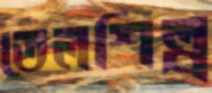
তেলশিল্প